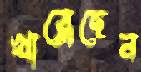
খাব্‌লেছেন